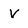
Character: V